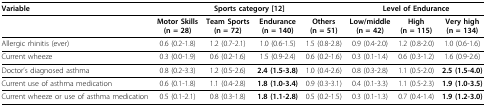
| Variable | <COLSPAN=4> Sports category [12] | <COLSPAN=3> Level of Endurance |
 | --- | --- | --- | --- | --- | --- | --- | --- |
 |  | Motor Skills(n = 28) | Team Sports(n = 72) | Endurance(n = 140) | Others(n = 51) | Low/middle(n = 42) | High(n = 115) | Very high(n = 134) |
 | Allergic rhinitis (ever) | 0.6 (0.2-1.8) | 1.2 (0.7-2.1) | 1.0 (0.6-1.5) | 1.5 (0.8-2.8) | 0.9 (0.4-2.0) | 1.2 (0.8-2.0) | 1.0 (0.6-1.6) |
 | Current wheeze | 0.3 (0.0-1.9) | 0.6 (0.2-1.6) | 1.5 (0.9-2.4) | 0.6 (0.2-1.6) | 0.3 (0.1-1.4) | 0.6 (0.3-1.2) | 1.6 (0.9-2.6) |
 | Doctor's diagnosed asthma | 0.8 (0.2-3.3) | 1.2 (0.5-2.6) | 2.4 (1.5-3.8) | 1.0 (0.4-2.6) | 0.8 (0.3-2.8) | 1.1 (0.5-2.0) | 2.5 (1.5-4.0) |
 | Current use of asthma medication | 0.6 (0.1-1.8) | 1.1 (0.4-2.8) | 1.8 (1.0-3.4) | 0.9 (0.3-3.1) | 0.4 (0.1-3.3) | 1.1 (0.5-2.3) | 1.9 (1.0-3.5) |
 | Current wheeze or use of asthma medication | 0.5 (0.1-2.1) | 0.8 (0.3-1.8) | 1.8 (1.1-2.8) | 0.5 (0.2-1.5) | 0.3 (0.1-1.3) | 0.7 (0.4-1.4) | 1.9 (1.2-3.0) |